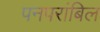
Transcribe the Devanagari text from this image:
पनपरांबिल